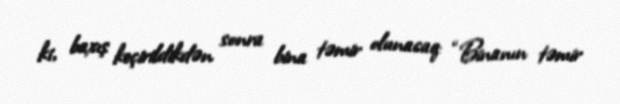
ki, baxış keçirildikdən sonra bina təmir olunacaq: “Binanın təmir